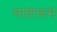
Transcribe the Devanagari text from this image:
माशरूम